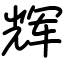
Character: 辉